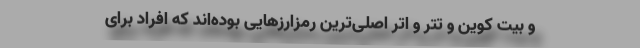
و بیت کوین و تتر و اتر اصلی‌ترین رمزارزهایی بوده‌اند که افراد برای